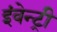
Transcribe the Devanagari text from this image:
इंवेन्ट्री